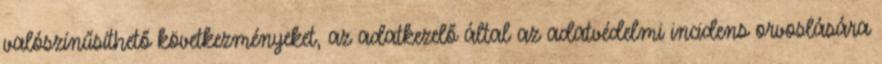
valószínűsíthető következményeket, az adatkezelő által az adatvédelmi incidens orvoslására